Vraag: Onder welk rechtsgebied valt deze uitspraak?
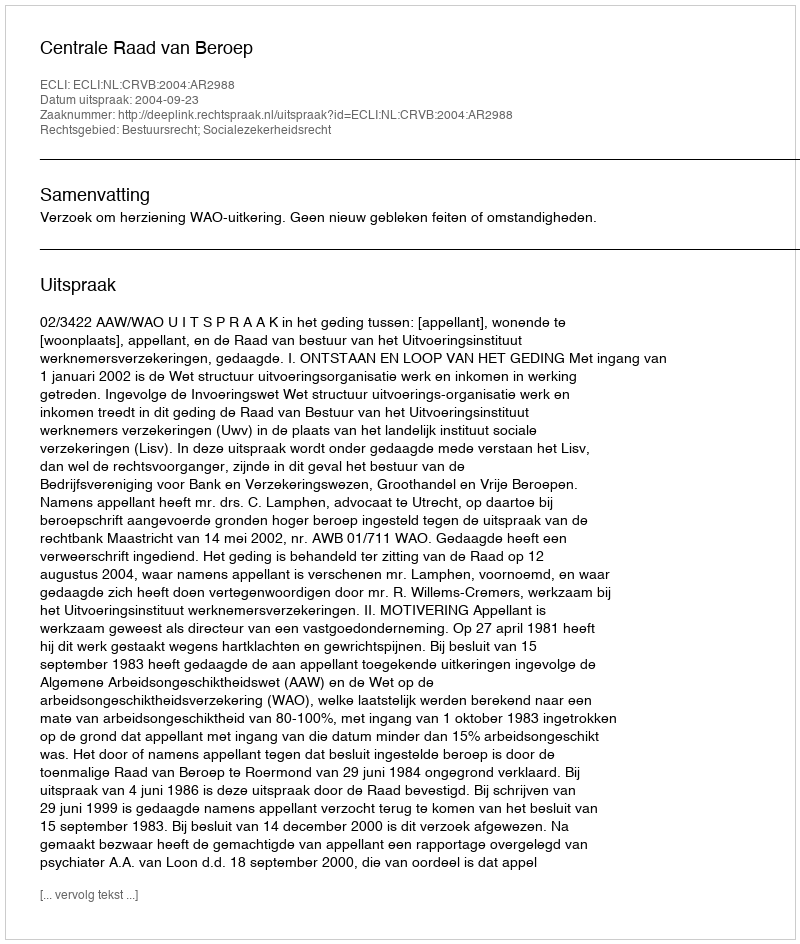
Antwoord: Bestuursrecht; Socialezekerheidsrecht